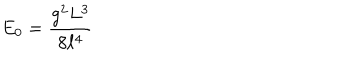
E _ { 0 } = \frac { g ^ { 2 } L ^ { 3 } } { 8 \ell ^ { 4 } }